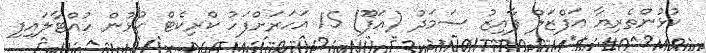
ކުޅުންތެރިޔާ އަފްޒަލް ފާއިޒު ސަމަދު (އަފޫ) 15 އަހަރަށްފަހު ކްރިކެޓް ކުޅުން ހުއްޓާލައިފި